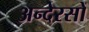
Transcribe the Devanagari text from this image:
अन्देरसों